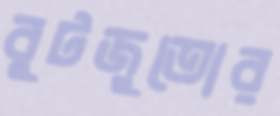
বুটজুতোর